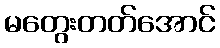
မတွေးတတ်အောင်